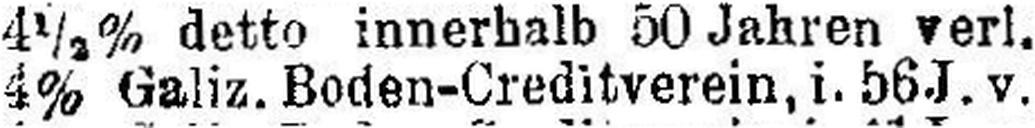
4% Galiz. Boden-Creditverein, i. 56 J. v.